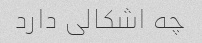
چه اشکالی دارد